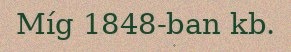
Míg 1848-ban kb.